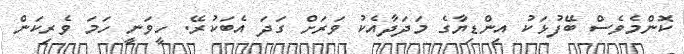
ކޮންމެވެސް ބޭފުޅަކު އިންޑިޔާގެ މަދަދާއެކު ވަރަށް ގަދަ އެބަކުރޭ. ހީވަނީ ހަމަ ވެރިކަން